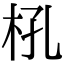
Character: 𣏺